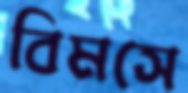
বিমসে